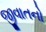
જીવાતનો